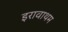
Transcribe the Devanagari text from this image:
इरावाथम